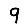
Digit: 9